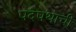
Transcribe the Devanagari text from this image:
पदपथाची